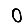
Digit: 0